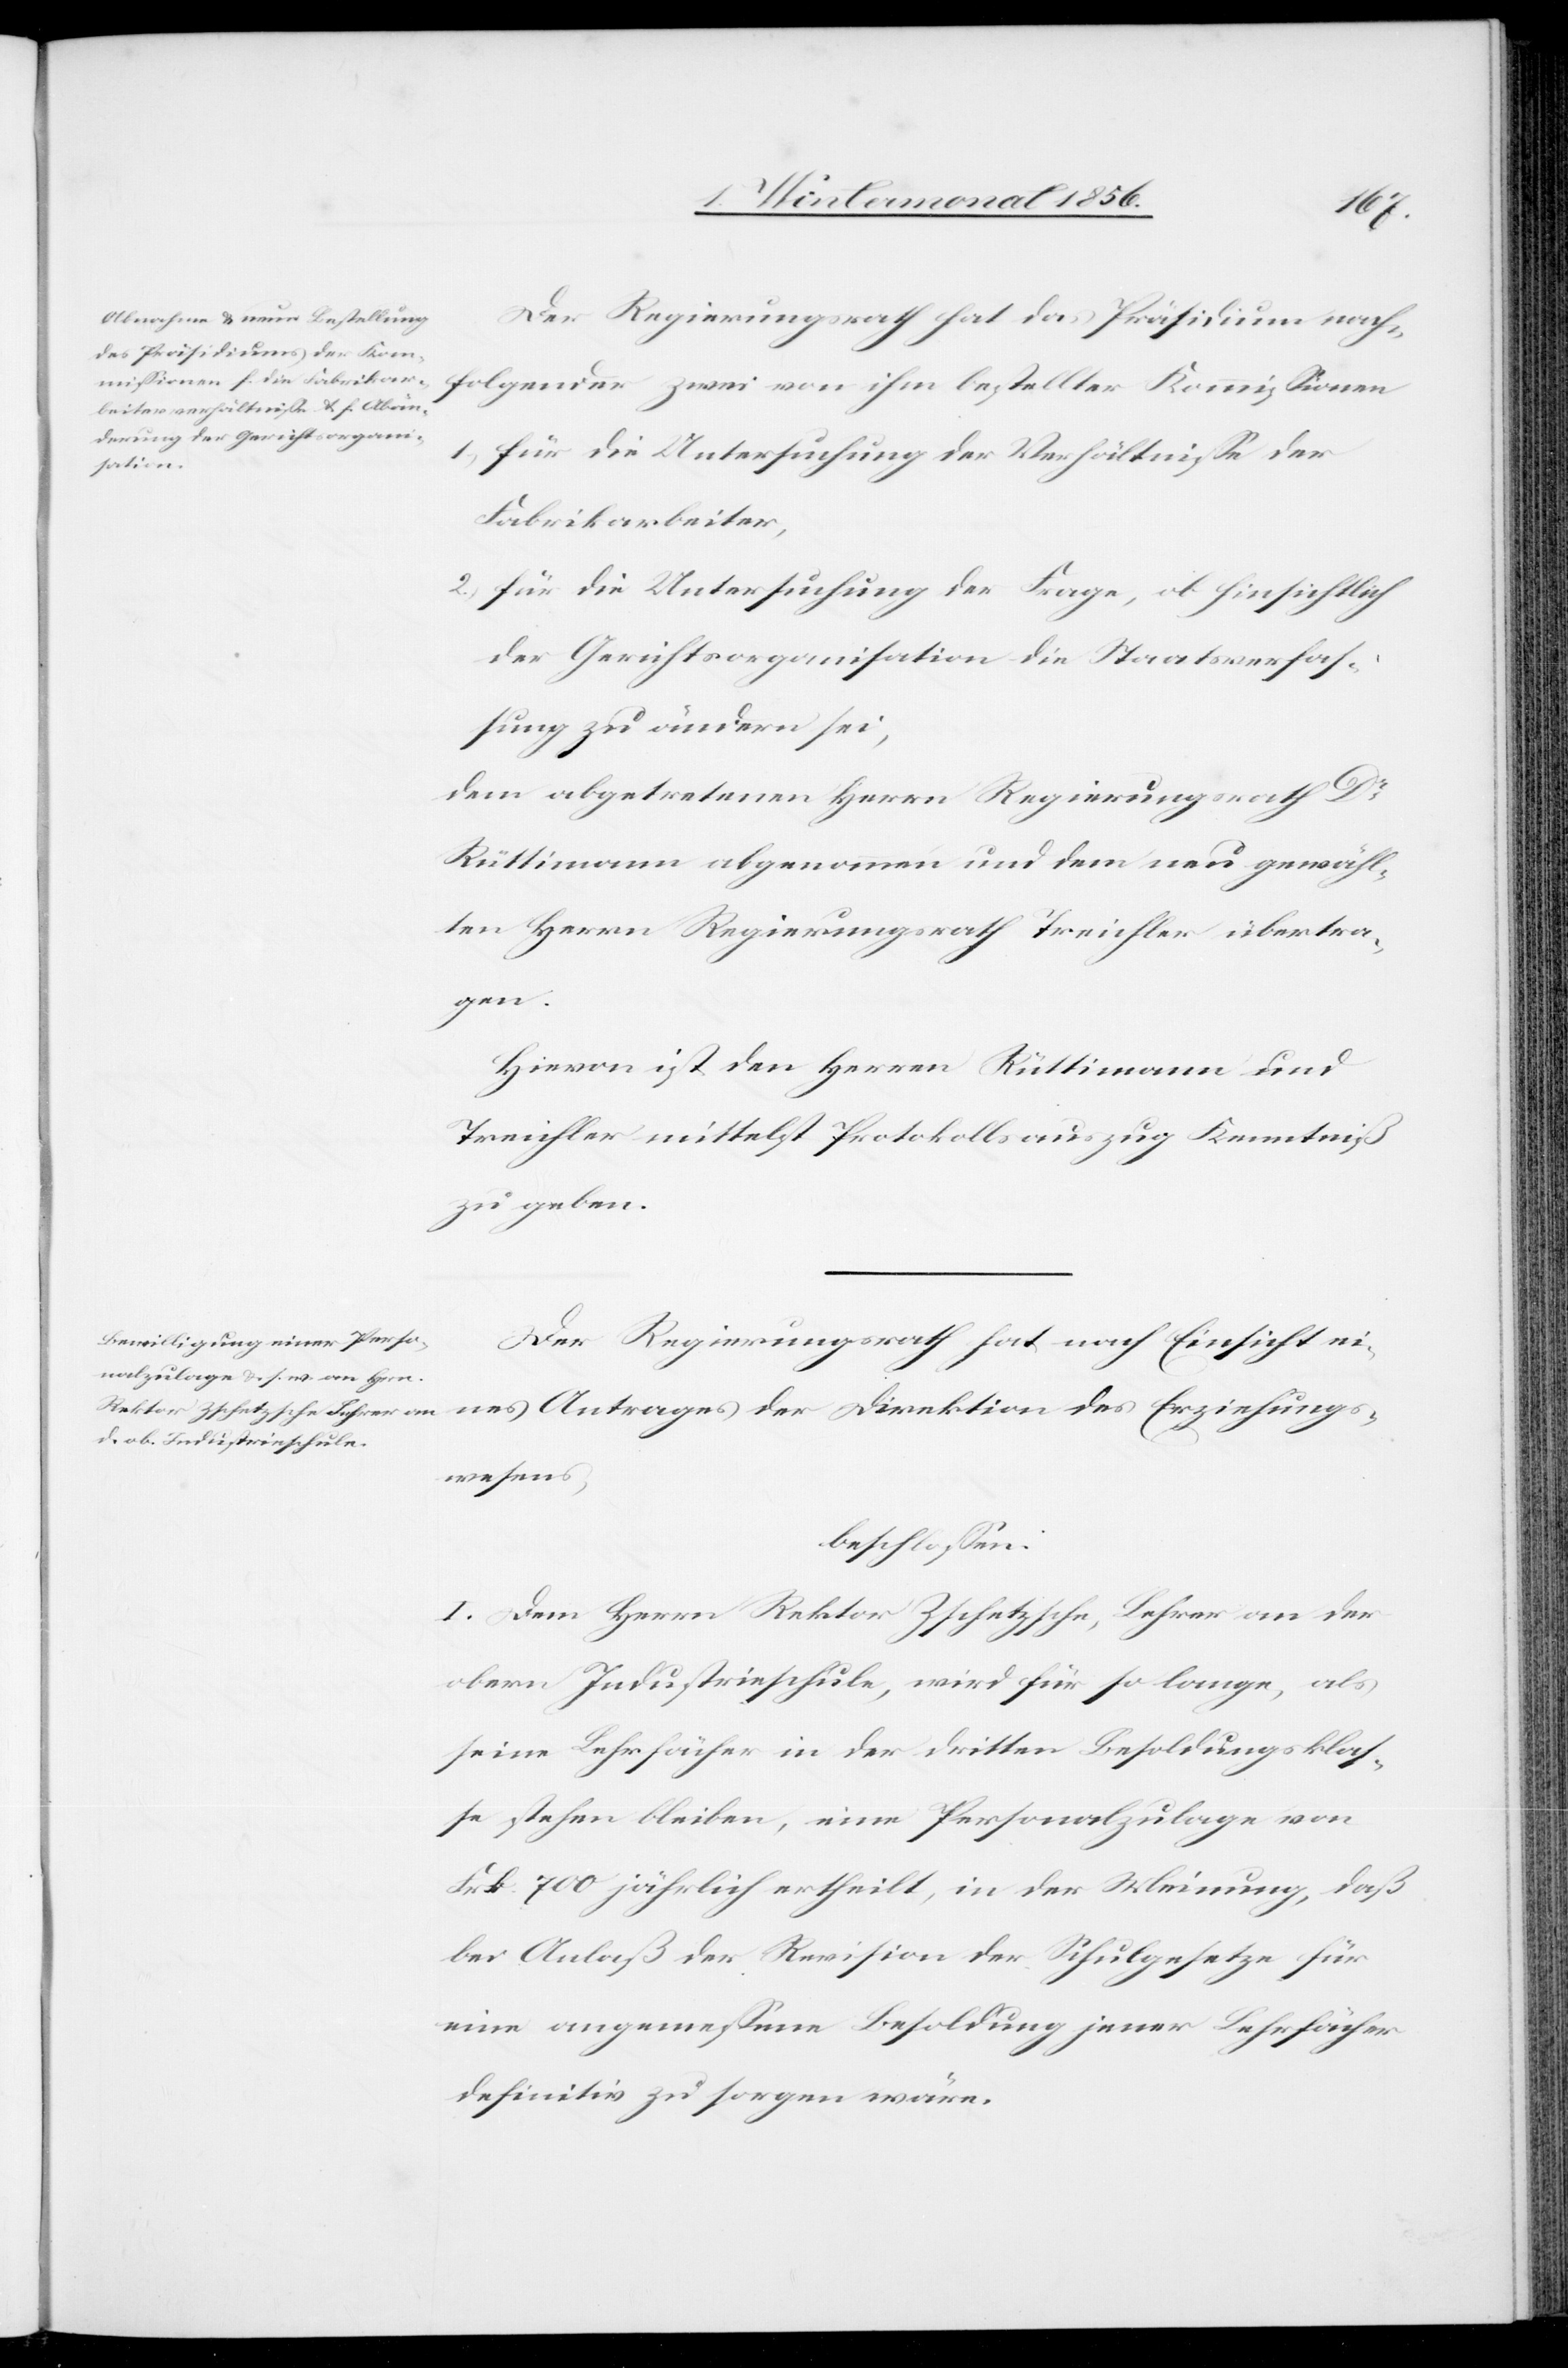
Der Regierungsrath hat das Präsidium nach¬
folgender zwei von ihm bestellter Kommissionen
1.) für die Untersuchung der Verhältnisse der
Erziehungs¬
Fabrikarbeiter,
2.) für die Untersuchung der Frage, ob hinsichtlich
der Gerichtsorganisation die Staatsverfas¬
sung zu ändern sei,
dem abgetretenen Herrn Regierungsrath Dr
Rüttimann abgenommen und dem neu gewähl¬
ten Herrn Regierungsrath Treichler übertra¬
gen.
Hievon ist den Herren Rüttimann und
Treichler mittelst Protokollsauszug Kenntniß
zu geben.
Der Regierungsrath hat nach Einsicht ei¬
wesens,
beschlossen:
I. Dem Herrn Rektor Zschetzsche, Lehrer an der
nes
obern Industrieschule, wird für so lange, als
seine Lehrfächer in der dritten Besoldungsklas¬
se stehen bleiben, eine Personalzulage von
Frk. 700 jährlich ertheilt, in der Meinung, daß
bei Anlaß der Revision der Schulgesetze für
eine angemessene Besoldung jener Lehrfächer
definitiv zu sorgen wäre.